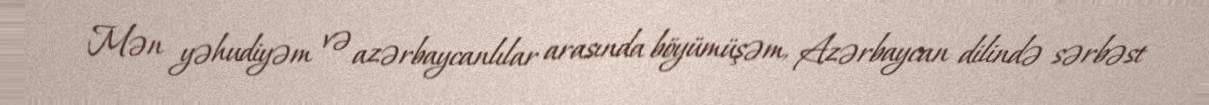
Mən yəhudiyəm və azərbaycanlılar arasında böyümüşəm, Azərbaycan dilində sərbəst